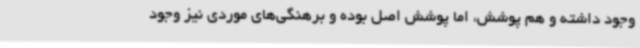
وجود داشته و هم پوشش، اما پوشش اصل بوده و برهنگی‌های موردی نیز وجود